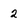
Character: 2